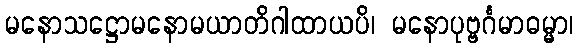
မနောသဋ္ဌောမနောမယာတိဂါထာယပိ၊ မနောပုဗ္ဗင်္ဂမာဓမ္မာ၊